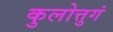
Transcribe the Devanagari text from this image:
कुलोत्तुगं